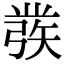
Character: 彂